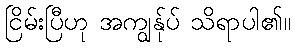
ငြိမ်းပြီဟု အကျွန်ုပ် သိရာပါ၏။